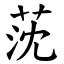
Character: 莐